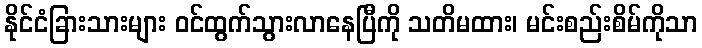
နိုင်ငံခြားသားများ ဝင်ထွက်သွားလာနေပြီကို သတိမထား၊ မင်းစည်းစိမ်ကိုသာ